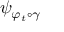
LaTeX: \psi _ { \varphi _ { t } \circ \gamma }